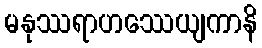
မနုဿရာဟဿေယျကာနိ